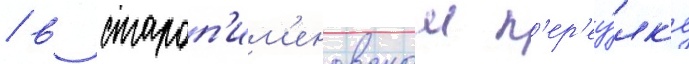
/ в староп'им'еновском п'ер'еу́лк'е